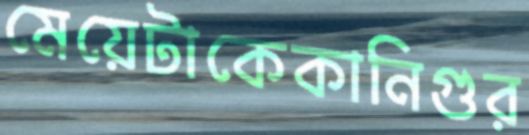
মেয়েটাকেকানিগুর